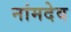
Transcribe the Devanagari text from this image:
नांमदेव